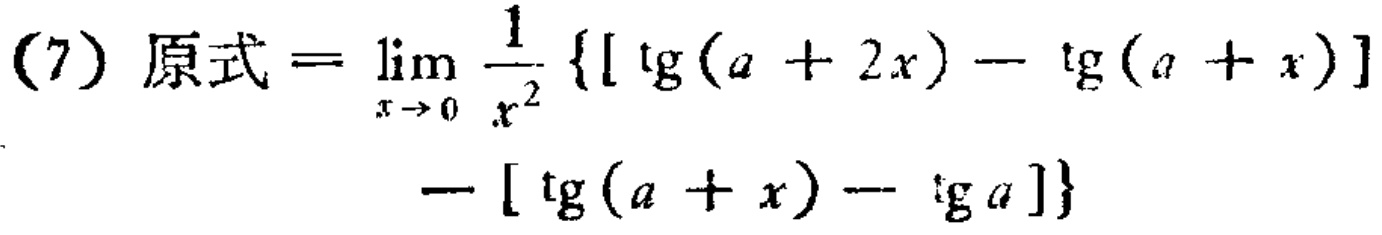
\[(7)\ 原式 = \lim_{x \to 0} \frac{1}{x^{2}} \{[\tg(a + 2x) - \tg(a + x)] - [\tg(a + x) - \tg a]\}\]